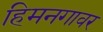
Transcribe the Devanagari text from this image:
हिमनगावर